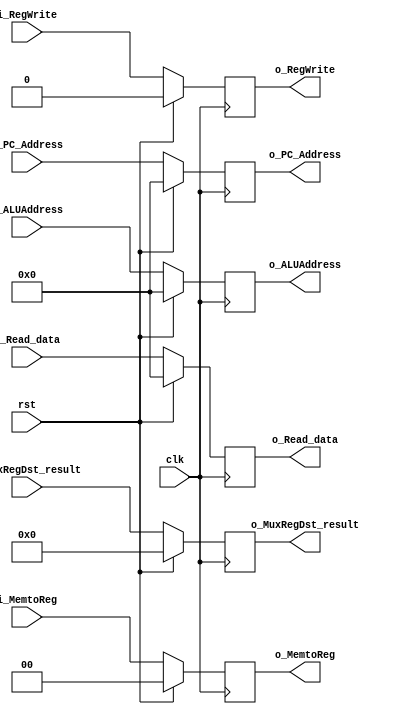
module MEM_WB (
	input              clk               , // Clock
	input              rst               , // Asynchronous reset active low
	// Registers - IN
	input  wire [31:0] i_PC_Address      ,
	input  wire [31:0] i_ALUAddress      ,
	input  wire [31:0] i_Read_data       ,
	input  wire [ 4:0] i_MuxRegDst_result,
	// WB - Control - IN
	input  wire        i_RegWrite        ,
	input  wire [ 1:0] i_MemtoReg        ,
	// Registers - OUT
	output wire [31:0] o_PC_Address      ,
	output wire [31:0] o_ALUAddress      ,
	output wire [31:0] o_Read_data       ,
	output wire [ 4:0] o_MuxRegDst_result,
	// WB - Control - OUT
	output wire        o_RegWrite        ,
	output wire [ 1:0] o_MemtoReg
);
	// Registers
	reg [31:0] PC_Address      ;
	reg [31:0] ALUAddress      ;
	reg [31:0] Read_data       ;
	reg [ 4:0] MuxRegDst_result;
	// Control
	reg       RegWrite;
	reg [1:0] MemtoReg;

	

	always @(negedge clk) begin : proc_registers
		if(rst) begin
			RegWrite         <= 1'b0 ;
			MemtoReg         <= 2'b0 ;

			PC_Address       <= 32'b0;
			Read_data        <= 32'b0;
			ALUAddress       <= 32'b0;
			MuxRegDst_result <= 5'b0 ;
		end else begin
			RegWrite <= i_RegWrite;
			MemtoReg <= i_MemtoReg;

			PC_Address       <= i_PC_Address      ;
			Read_data        <= i_Read_data       ;
			ALUAddress       <= i_ALUAddress      ;
			MuxRegDst_result <= i_MuxRegDst_result;

		end
	end
	// Registers
	assign o_PC_Address       = PC_Address  ;
	assign o_Read_data        = Read_data;
	assign o_ALUAddress       = ALUAddress  ;
	assign o_MuxRegDst_result = MuxRegDst_result;
	// Control
	assign o_RegWrite = RegWrite   ;
	assign o_MemtoReg = MemtoReg   ;

endmodule